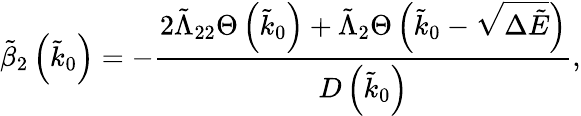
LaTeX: \tilde{\beta}_{2}\left(\tilde{k}_{0}\right)=-\frac{2\tilde{\Lambda}_{22}\Theta\left(\tilde{k}_{0}\right)+\tilde{\Lambda}_{2}\Theta\left(\tilde{k}_{0}-\sqrt{\Delta\tilde{E}}\right)}{D\left(\tilde{k}_{0}\right)},